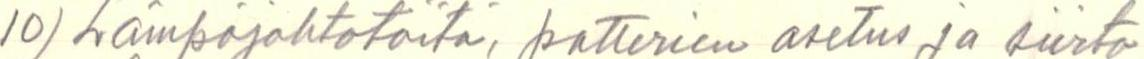
10) Lämpöjohtotöitä, patterien asetus ja siirto